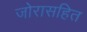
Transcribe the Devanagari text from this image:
जोरासहित